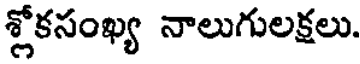
శ్లోకసంఖ్య నాలుగులక్షలు.